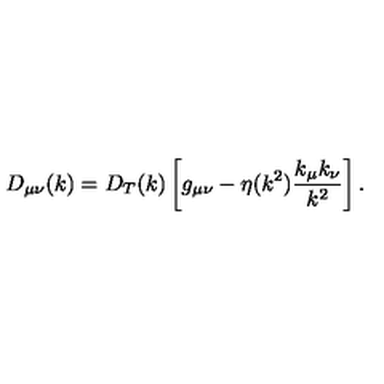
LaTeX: D _ { \mu \nu } ( k ) = D _ { T } ( k ) \left[ g _ { \mu \nu } - \eta ( k ^ { 2 } ) \frac { k _ { \mu } k _ { \nu } } { k ^ { 2 } } \right] .